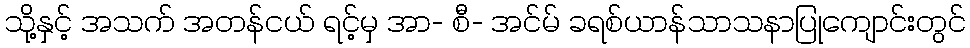
သို့နှင့် အသက် အတန်ငယ် ရင့်မှ အာ- စီ- အင်မ် ခရစ်ယာန်သာသနာပြုကျောင်းတွင်